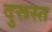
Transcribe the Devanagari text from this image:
दुरूस्‍त